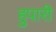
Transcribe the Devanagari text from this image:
हुपारी